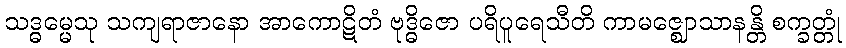
သဒ္ဓမ္မေသု သကျရာဇာနော အာကောဋိတံ ဗုဒ္ဓိဇော ပရိပူရေသီတိ ကာမဇ္ဈောသာနန္တိ စက္ခတ္တုံ